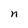
Character: n